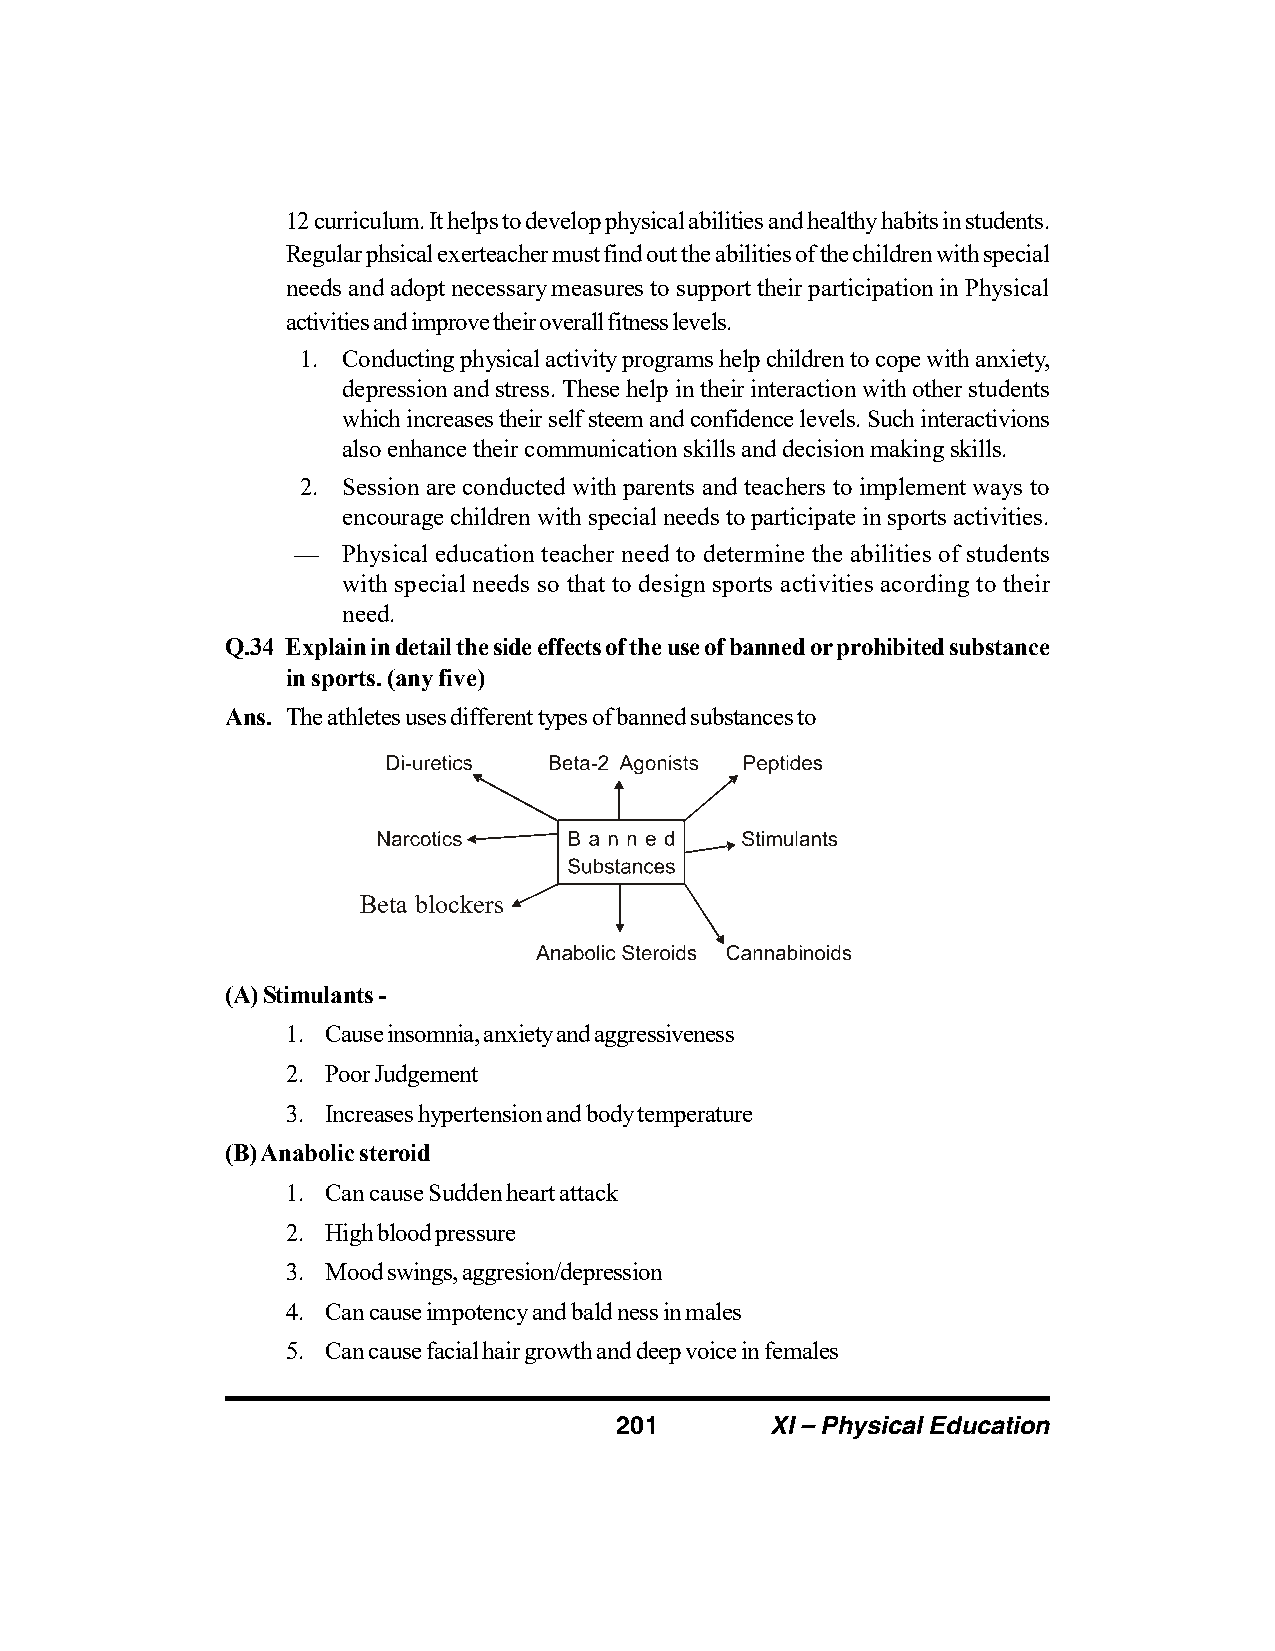
12 curriculum. It helps to develop physical abilities and healthy habits in students.
 Regular phsical exerteacher must find out the abilities of the children with special
 needs and adopt necessary measures to support their participation in Physical
 activities and improve their overall fitness levels.
 1. Conducting physical activity programs help children to cope with anxiety,
 depression and stress. These help in their interaction with other students
 which increases their self steem and confidence levels. Such interactivions
 also enhance their communication skills and decision making skills.
 2. Session are conducted with parents and teachers to implement ways to
 encourage children with special needs to participate in sports activities.
 —   Physical education teacher need to determine the abilities of students
 with special needs so that to design sports activities acording to their
 need.
 Q.34 Explain in detail the side effects of the use of banned or prohibited substance
 in sports. (any five)
 Ans. The athletes uses different types of banned substances to
 Beta blockers
 (A) Stimulants -
 1. Cause insomnia, anxiety and aggressiveness
 2. Poor Judgement
 3. Increases hypertension and body temperature
 (B) Anabolic steroid
 1. Can cause Sudden heart attack
 2. High blood pressure
 3. Mood swings, aggresion/depression
 4. Can cause impotency and bald ness in males
 5. Can cause facial hair growth and deep voice in females
 201       XI – Physical Education